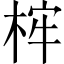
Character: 𣒲